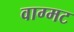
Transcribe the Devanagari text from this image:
वाग्मट